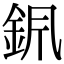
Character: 𨥩